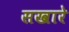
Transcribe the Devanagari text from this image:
सखारे